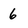
Character: 6